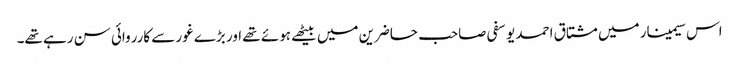
اس سیمینار میں مشتاق احمد یوسفی صاحب حاضرین میں بیٹھے ہوئے تھے اور بڑے غور سے کارروائی سن رہے تھے۔